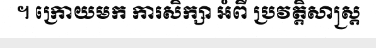
។ ក្រោយមក ការសិក្សា អំពី ប្រវត្តិសាស្ត្រ